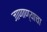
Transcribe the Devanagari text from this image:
जाणाण्याचा